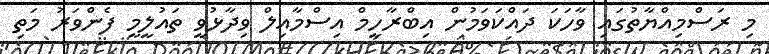
މި ރަސްމިއްޔާތުގައި ވާހަކަ ދައްކަވަމުން އިބްރާހީމް އިސްމާއިލް ވިދާޅުވީ ތައުލީމީ ފެންވަރު މަތި